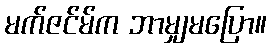
မက်ဇင်မ်က ဘာမျှမပြော။